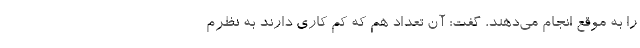
را به موقع انجام می‌دهند، گفت: آن تعداد هم که کم کاری دارند به نظرم